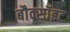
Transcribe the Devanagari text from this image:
बौक्सॉइट